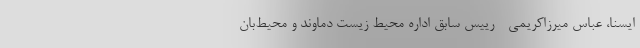
ایسنا، عباس میرزاکریمی - رییس سابق اداره محیط زیست دماوند و محیط‌بان